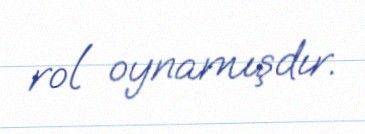
rol oynamışdır.